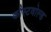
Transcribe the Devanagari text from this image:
कौस्टवोल्ड